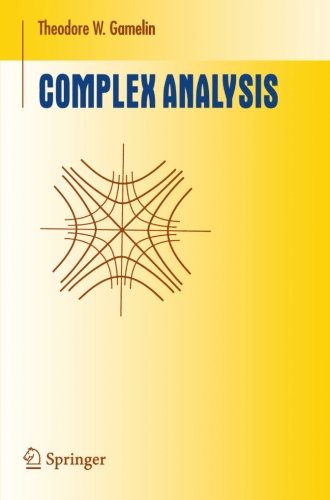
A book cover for Complex Analysis (Undergraduate Texts in Mathematics); THEODORE GAMELIN; Science & Math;